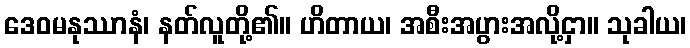
ဒေဝမနုဿာနံ၊ နတ်လူတို့၏။ ဟိတာယ၊ အစီးအပွားအလို့ငှာ။ သုခါယ၊